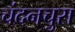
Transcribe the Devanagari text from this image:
चंदनचुरा